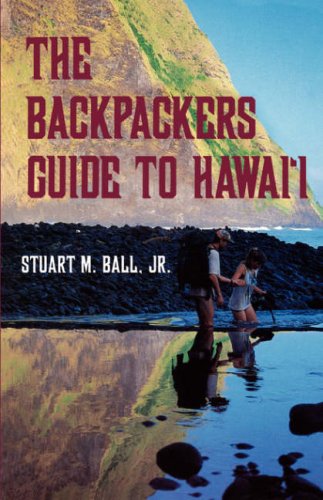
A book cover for The Backpackers Guide to Hawai'i; Stuart M., Jr. Ball; Travel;